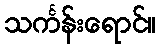
သင်္ကန်းရောင်။